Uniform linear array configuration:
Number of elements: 12
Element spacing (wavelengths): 1
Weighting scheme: uniform
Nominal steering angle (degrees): -60
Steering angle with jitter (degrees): -59.112
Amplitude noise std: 0.05
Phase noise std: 0.05

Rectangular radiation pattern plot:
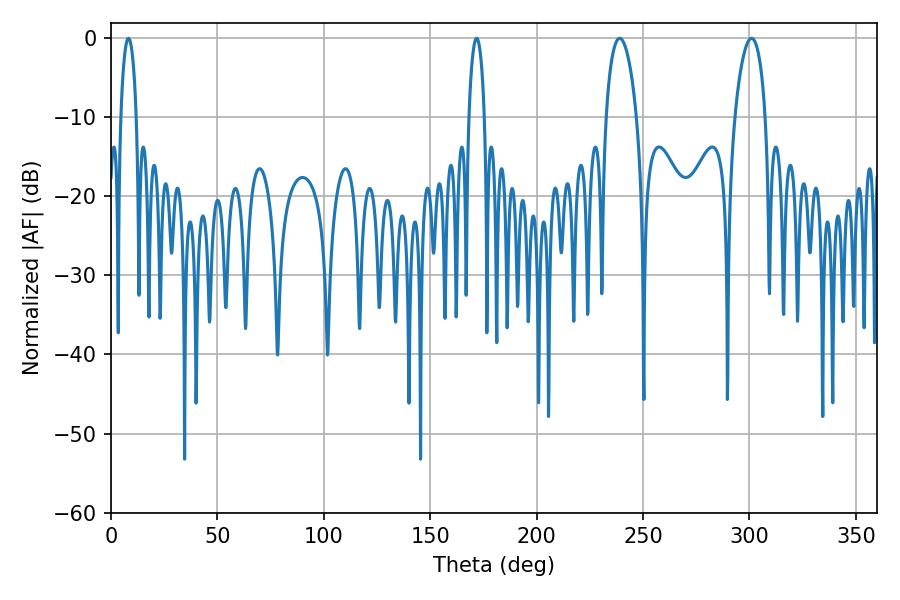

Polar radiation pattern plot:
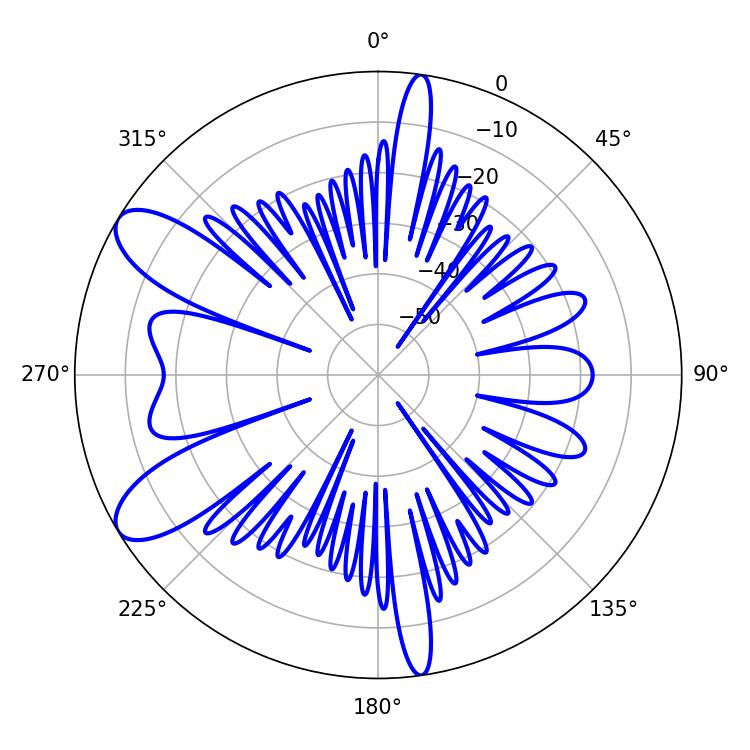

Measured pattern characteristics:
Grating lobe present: TRUE
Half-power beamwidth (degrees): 8.1
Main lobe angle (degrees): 239.04